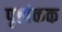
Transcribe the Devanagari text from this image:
पृष्ठांकक